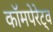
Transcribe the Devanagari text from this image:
कॉमपेरेट्व